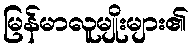
မြန်မာလူမျိုးများ၏